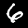
Label: 6